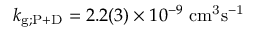
k _ { \mathrm { g ; P + D } } = 2 . 2 ( 3 ) \times 1 0 ^ { - 9 } ~ \mathrm { c m ^ { 3 } s ^ { - 1 } }